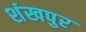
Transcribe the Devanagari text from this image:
शंखपुर